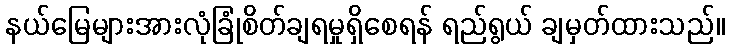
နယ်မြေများအားလုံခြုံစိတ်ချရမှုရှိစေရန် ရည်ရွယ် ချမှတ်ထားသည်။